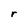
Character: r